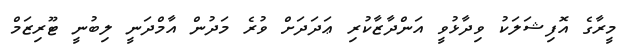
މީރާގެ އޮފިޝަލަކު ވިދާޅުވީ އަންދާޒާކުރި ޢަދަދަށް ވުރެ މަދުން އާމްދަނީ ލިބުނީ ޓޫރިޒަމް